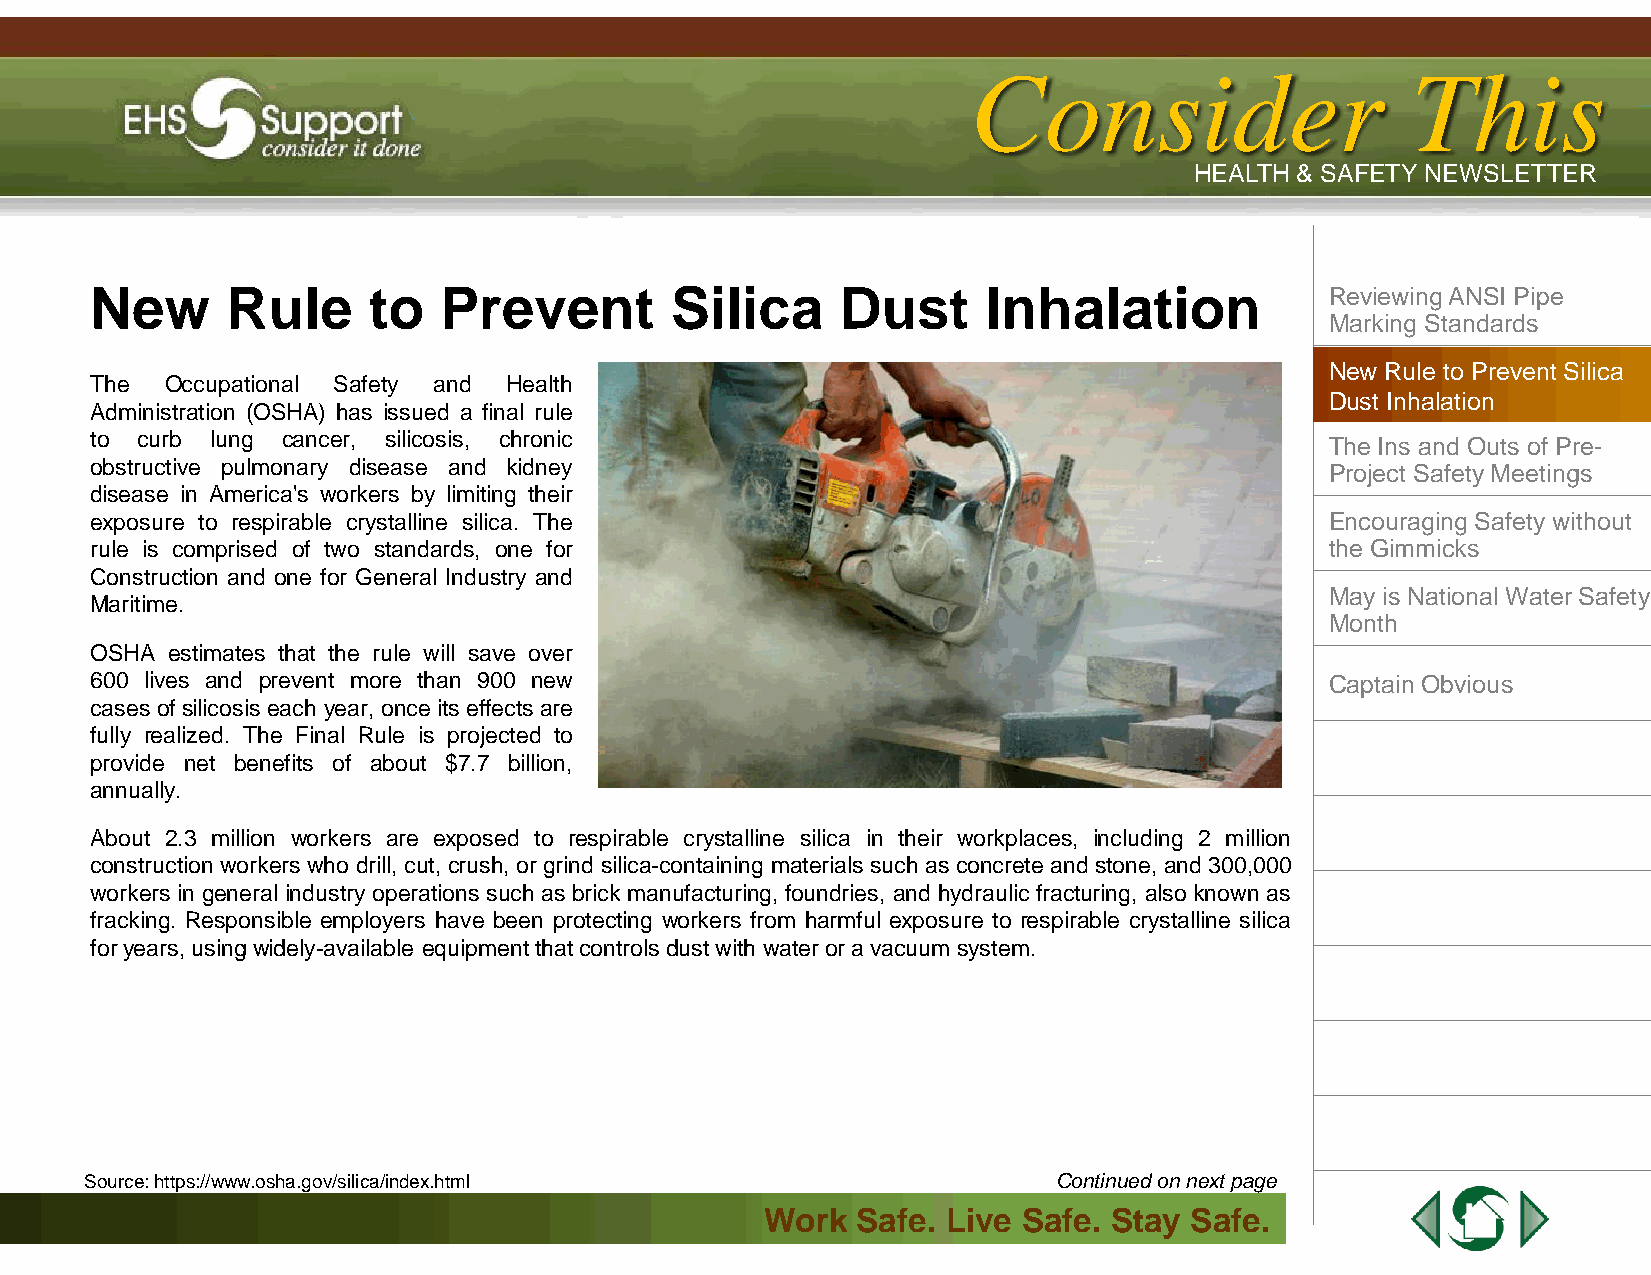
IIssssuuee 44 || AApprriill 22001133
 CCoonnssiiddeerr             TThhiiss
 HHEEAALLTTHH && SSAAFFEETTYY NNEEWWSSLLEETTTTEERR
 New      Rule     to   Prevent        Silica      Dust     Inhalation             Reviewing ANSI Pipe
 Marking Standards
 New Rule to Prevent Silica
 The  Occupational Safety and Health
 Dust Inhalation
 Administration (OSHA) has issued a final rule
 to curb lung cancer, silicosis, chronic
 The Ins and Outs of Pre-
 obstructive pulmonary disease and kidney                                          Project Safety Meetings
 disease in America's workers by limiting their
 exposure to respirable crystalline silica. The                                    Encouraging Safety without
 rule is comprised of two standards, one for                                       the Gimmicks
 Construction and one for General Industry and
 May is National Water Safety
 Maritime.
 Month
 OSHA estimates that the rule will save over
 600 lives and prevent more than 900 new                                           Captain Obvious
 cases of silicosis each year, once its effects are
 fully realized. The Final Rule is projected to
 provide net benefits of about $7.7 billion,
 annually.
 About 2.3 million workers are exposed to respirable crystalline silica in their workplaces, including 2 million
 construction workers who drill, cut, crush, or grind silica-containing materials such as concrete and stone, and300,000
 workers in general industry operations such as brick manufacturing, foundries, and hydraulic fracturing, also known as
 fracking. Responsible employers have been protecting workers from harmful exposure to respirable crystalline silica
 foryears,using widely-available equipmentthatcontrolsdustwith wateror avacuum system.
 Source: https://www.osha.gov/silica/index.html                  Continued on next page
 WWoorrkk SSaaffee.. LLiivvee SSaaffee.. SSttaayy SSaaffee..